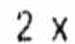
2 X